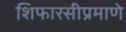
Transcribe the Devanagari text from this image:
शिफारसीप्रमाणे